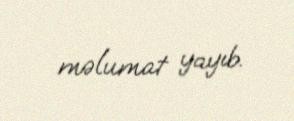
məlumat yayıb.